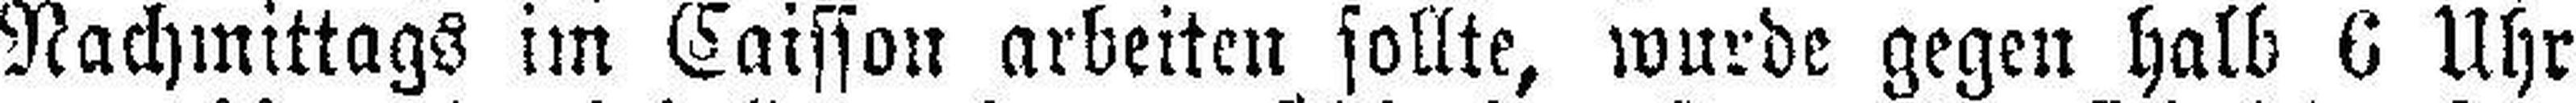
Nachmittags im Caisson arbeiten sollte, wurde gegen halb 6 Uhr